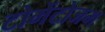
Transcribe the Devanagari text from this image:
टोमेंटोजम